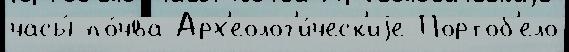
часы́ по́чва Арх'еолог'и́ческ'иjе Портоб'ело